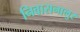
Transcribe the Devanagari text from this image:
निवासनालुर